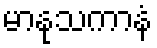
မာနုသကာနံ